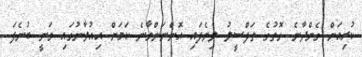
ކުރިއަށް ގެންދާނެ ގޮތުގެ ތަފްސީލު ލިޔެފައި އޮންނަންވާނެ ކަމަށް އިއުލާނުގައި ވަނީ ބުނެފަ